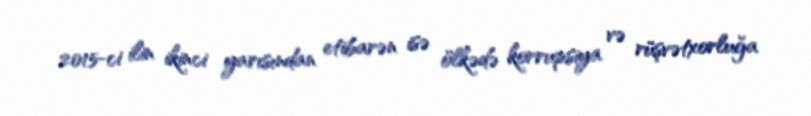
2015-ci ilin ikinci yarısından etibarən isə ölkədə korrupsiya və rüşvətxorluğa